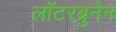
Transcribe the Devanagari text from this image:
लॉटरब्रुनेन